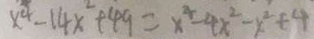
x ^ { 4 } - 1 4 x ^ { 2 } + 4 9 = x ^ { 4 } - 4 x ^ { 2 } - x ^ { 2 } + 4